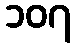
၁၀၇